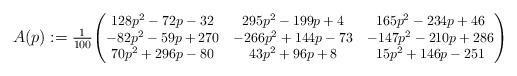
LaTeX: \begin{align*} A(p) := \textstyle{\frac{1}{100}} { \footnotesize \begin{pmatrix} 128 p^2 - 72 p - 32 & 295 p^2 - 199 p + 4 & 165 p^2 - 234 p + 46 \\ -82 p^2 - 59 p + 270 & -266 p^2 + 144 p - 73 & -147 p^2 - 210 p + 286 \\ 70 p^2 + 296 p - 80 & 43 p^2 + 96 p + 8 & 15 p^2 + 146 p - 251 \\ \end{pmatrix} }\end{align*}